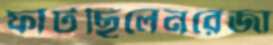
ফাটছিলেনরেজা